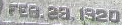
FEB. 29, 1920